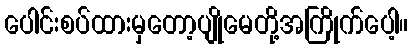
ပေါင်းစပ်ထားမှတော့ပျိုမေတို့အကြိုက်ပေါ့။